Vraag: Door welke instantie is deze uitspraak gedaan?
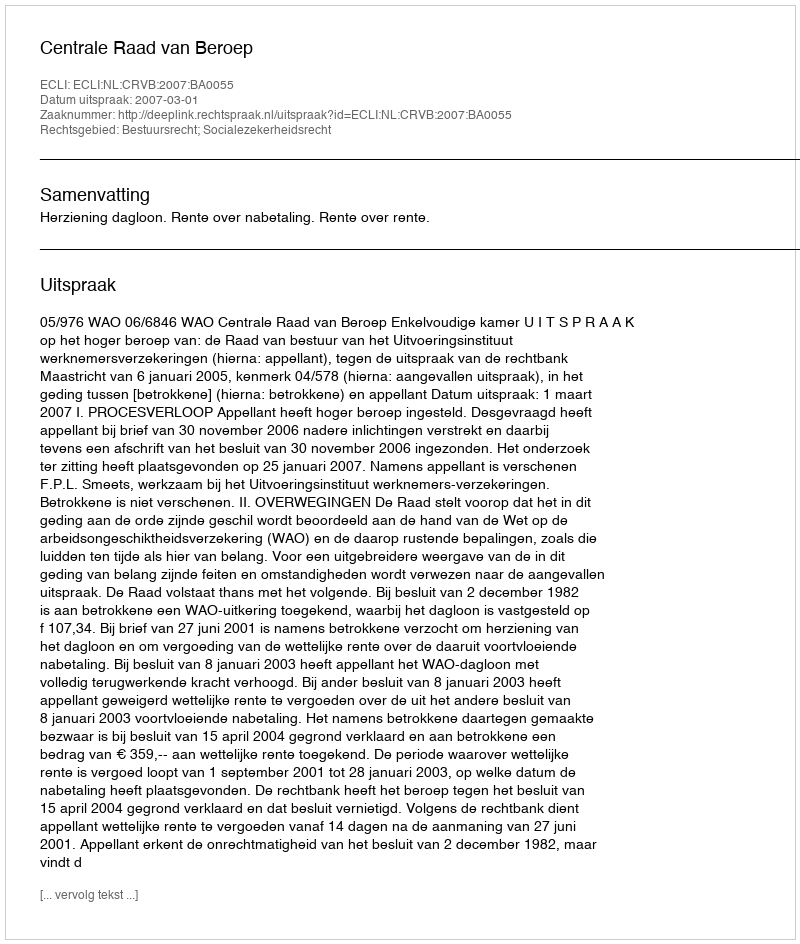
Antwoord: Centrale Raad van Beroep